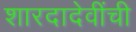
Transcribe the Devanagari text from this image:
शारदादेवींची